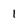
Character: 1